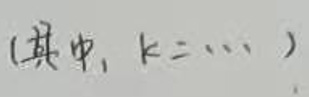
(其中, $k = \cdots$ )